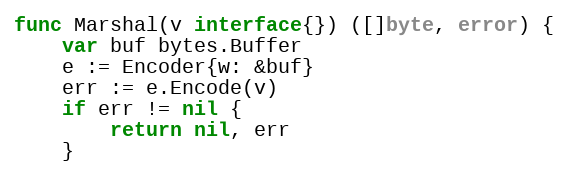
Language: Go
func Marshal(v interface{}) ([]byte, error) {
	var buf bytes.Buffer
	e := Encoder{w: &buf}
	err := e.Encode(v)
	if err != nil {
		return nil, err
	}